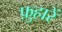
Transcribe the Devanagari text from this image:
फ़ुहारें